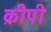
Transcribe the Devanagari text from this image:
क्रीपी